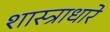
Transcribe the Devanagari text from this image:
शास्त्राधारे